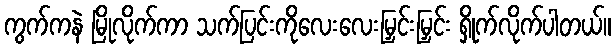
ကွက်ကနဲ မြိုလိုက်ကာ သက်ပြင်းကိုလေးလေးမြှင်းမြှင်း ရှိုက်လိုက်ပါတယ်။